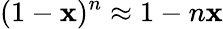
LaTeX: (1-\mathbf{x})^{n}\approx{1-n\mathbf{x}}